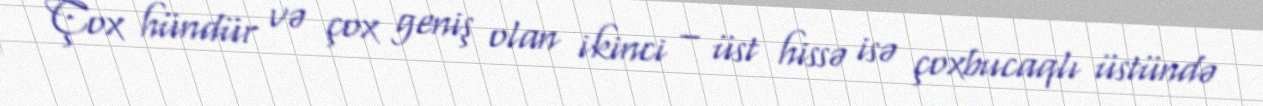
Çox hündür və çox geniş olan ikinci – üst hissə isə çoxbucaqlı üstündə